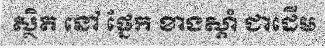
ស្ថិត នៅ ផ្នែក ខាងស្តាំ ជាដើម